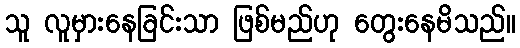
သူ လူမှားနေခြင်းသာ ဖြစ်မည်ဟု တွေးနေမိသည်။